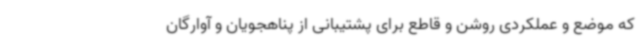
که موضع و عملکردی روشن و قاطع برای پشتیبانی از پناهجویان و آوارگان